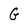
Character: G